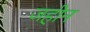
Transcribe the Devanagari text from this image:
जहीन